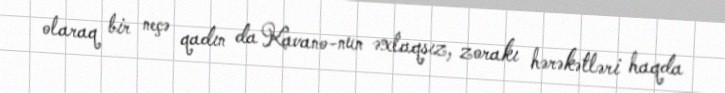
olaraq bir neçə qadın da Kavano-nun əxlaqsız, zorakı hərəkətləri haqda